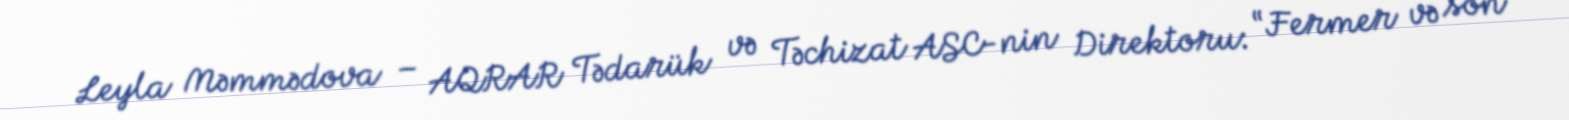
Leyla Məmmədova – AQRAR Tədarük və Təchizat ASC-nin Direktoru: “Fermer və son